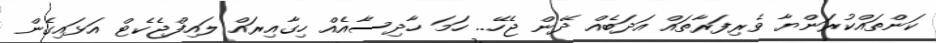
ކަންތައްކުރަންޔާ ވެރިފަރާތައް އަދަބެއް ދޭން ޖެހޭ.. ހަމަ ހާދިސާއެއް ހިގާއިރައް ލައިފްޖެކެޓް އަޅައިގެން